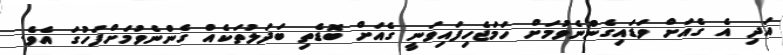
އަދި އެ ގެއަށް ވަޑައިގެންނެވުމަށް ހަމަޖެހިފައިވަނީ ގެއަށް ބޮޑެތި ބަދަލުތަކެއް ގެންނެވުމަށްފަހުގަ އެވެ.